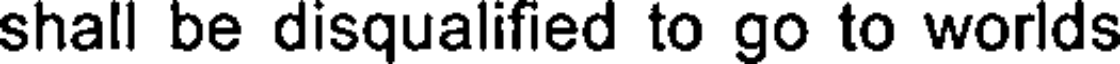
shall be disqualified to go to worlds